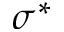
\sigma ^ { * }